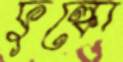
ফুল্কো